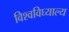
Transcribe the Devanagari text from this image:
विश्वविघ्याल्य